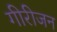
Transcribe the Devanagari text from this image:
गीरीजन